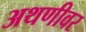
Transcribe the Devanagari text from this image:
अथणीवर